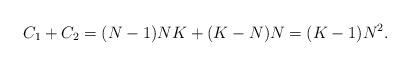
LaTeX: \begin{align*}C_1+C_2=(N-1)NK+(K-N)N=(K-1)N^2.\end{align*}